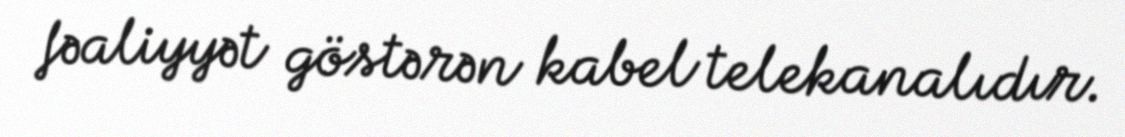
fəaliyyət göstərən kabel telekanalıdır.